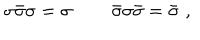
LaTeX: \sigma \bar { \sigma } \sigma = \sigma \, \qquad \bar { \sigma } \sigma \bar { \sigma } = \bar { \sigma } \, \, ,